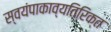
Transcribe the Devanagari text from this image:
स्वयंपाकाव्यतिरिक्त